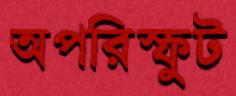
অপরিস্ফুট